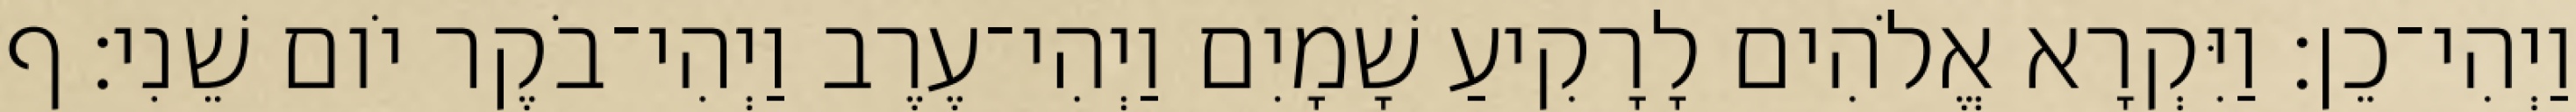
וַיְהִי־כֵן׃ וַיִּקְרָא אֱלֹהִים לָרָקִיעַ שָׁמָיִם וַיְהִי־עֶרֶב וַיְהִי־בֹקֶר יֹום שֵׁנִי׃ ף